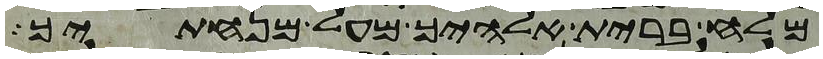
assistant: מלח ברית אלהיך מעל מנחתך